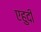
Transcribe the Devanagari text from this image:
एहुदी